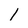
Character: 1